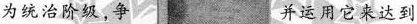
为统治阶级，争 并运用它来达到